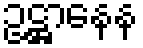
ဥဋ္ဌာနေန